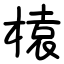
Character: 榬